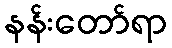
နန်းတော်ရာ